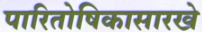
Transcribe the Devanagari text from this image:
पारितोषिकासारखे